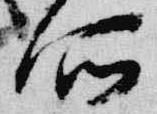
所